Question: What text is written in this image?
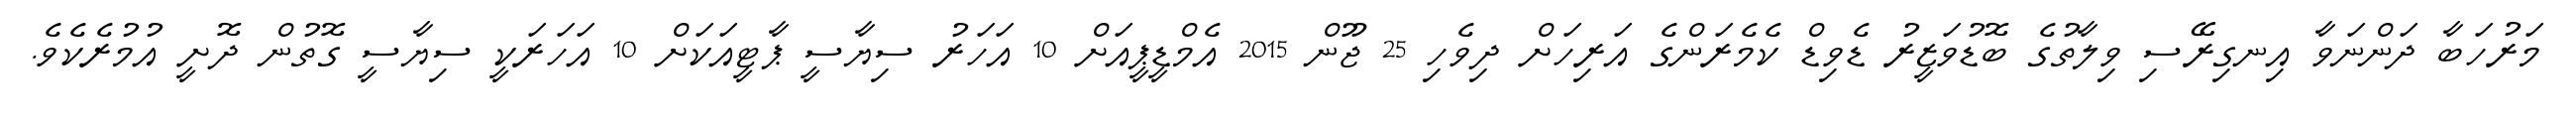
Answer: މަރުހަބާ ދަންނަވާ އިނގިރޭސި ވިލާތުގެ ބޮޑުވަޒީރު ޑެވިޑް ކެމެރަންގެ އަރިހަށް ދިވެހި 25 ޖޫން 2015 އެމްޑީޕީއަށް 10 އަހަރު ސިޔާސީ ޕާޓީއަކަށް 10 އަހަރަކީ ސިޔާސީ ގޮތުން ދޮށީ އުމުރެކެވެ.